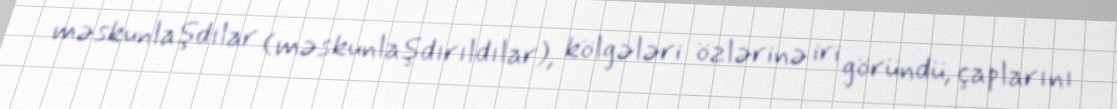
məskunlaşdılar (məskunlaşdırıldılar), kölgələri özlərinə iri göründü, çaplarını